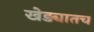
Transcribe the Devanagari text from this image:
खेड्यातच